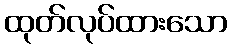
ထုတ်လုပ်ထားသော